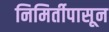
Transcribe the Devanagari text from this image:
निमिर्तीपासून